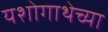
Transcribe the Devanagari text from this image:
यशोगाथेच्या